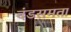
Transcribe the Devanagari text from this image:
दंडसमता